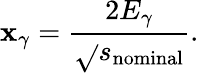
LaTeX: \mathbf{x}_{\gamma}=\frac{{2E_{\gamma}}}{{\sqrt{}{{s_{\mathrm{{nominal}}}}}}}.